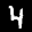
Label: 4